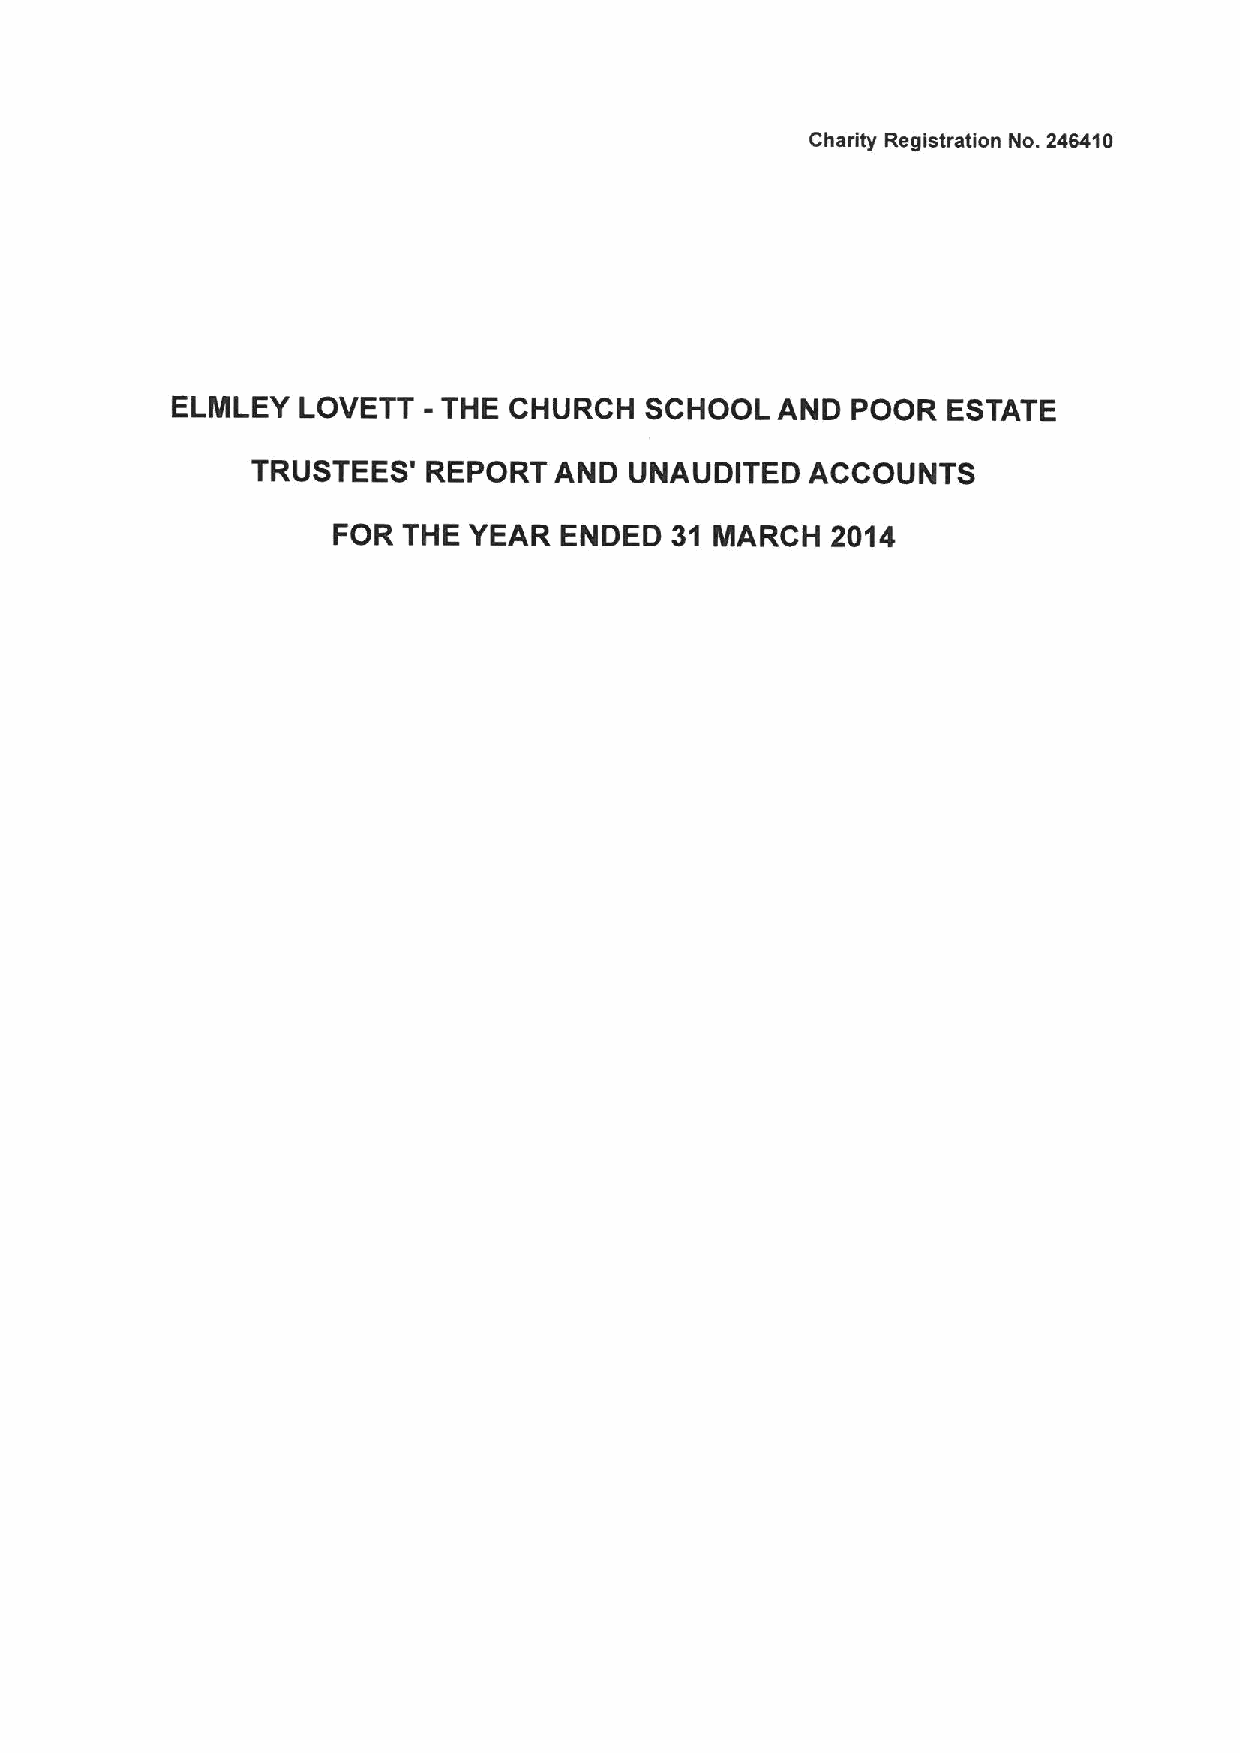
Charity Registration No. 246410
 -
 ELINLEY  LOVETT   THE  CHURCH   SCHOOL  AND  POOR   ESTATE
 TRUSTEES'  REPORT   AND  UNAUDITED   ACCOUNTS
 FOR  THE YEAR  ENDED  31 INARCH  2014